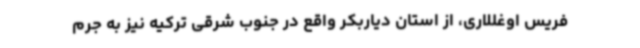
فریس اوغللاری، از استان دیاربکر واقع در جنوب شرقی ترکیه نیز به جرم